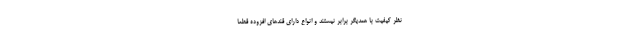
نظر کیفیت با همدیگر برابر نیستند و انواع دارای قندهای افزوده قطعا